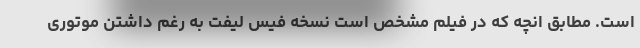
است. مطابق انچه که در فیلم مشخص است نسخه فیس لیفت به رغم داشتن موتوری